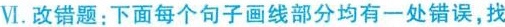
Ⅵ.改错题:下面每个句子画线部分均有一处错误,找